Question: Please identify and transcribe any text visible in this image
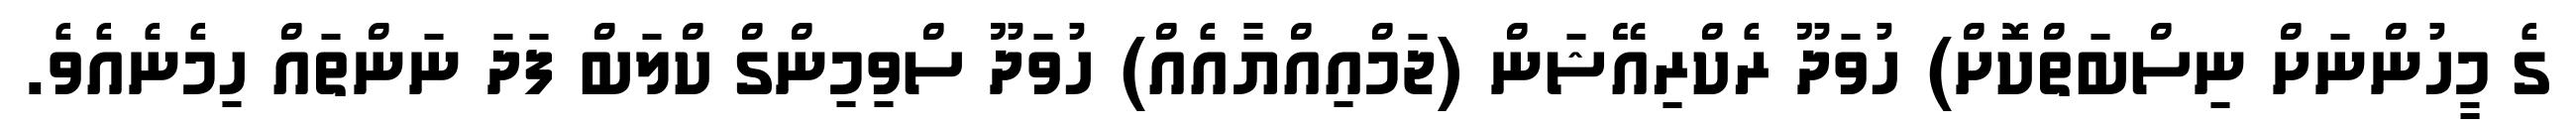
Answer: ގެ މީހުންނަށް ނިސްބަތްކޮށް) ހުވަދޫ ރެކްރިއޭޝަން (ޖަމްއިއްޔާއެއް) ހުވަދޫ ސްވިމިންގް ކްލަބް ފަދަ ނަންތައް ހިމެނެއެވެ.